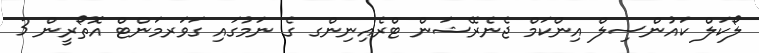
ލޯކަލް ކައުންސިލް އިންކަމް ޖެނެރޭޝަން ޓްރެއިނިންގ ގެ ނަމުގައި ގަވަރމަންޓް އޮތޯރީން 3